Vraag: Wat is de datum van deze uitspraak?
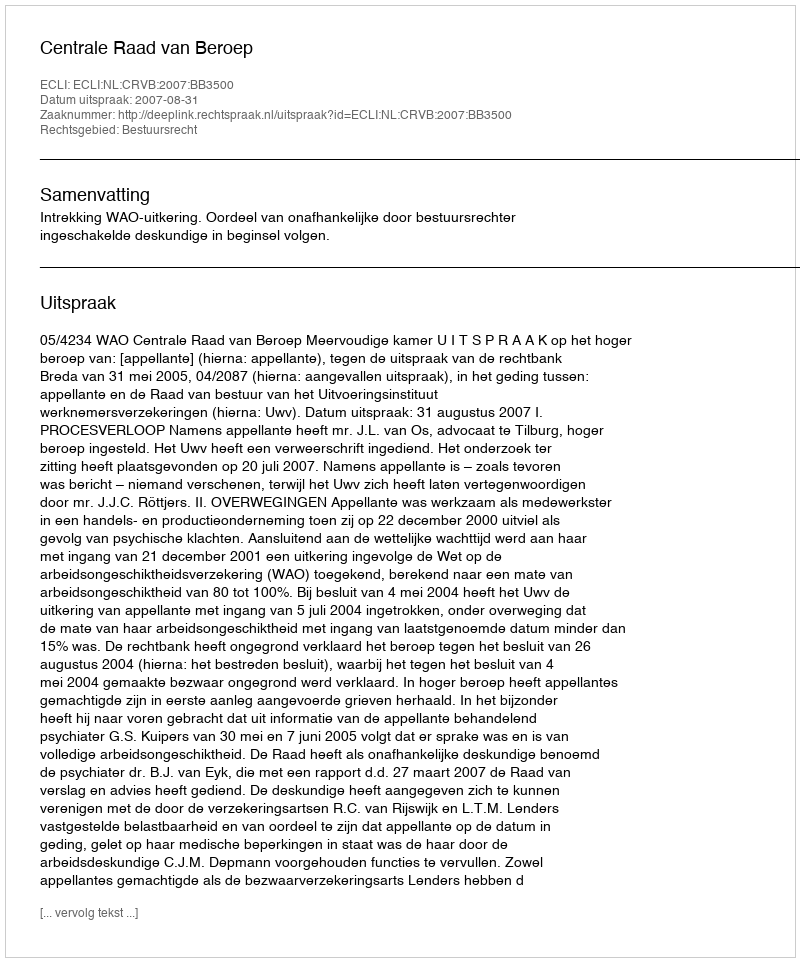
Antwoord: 2007-08-31